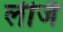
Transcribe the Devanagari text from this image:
लीजै